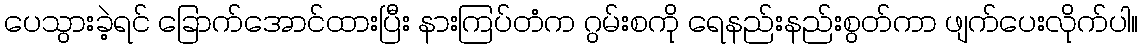
ပေသွားခဲ့ရင် ခြောက်အောင်ထားပြီး နားကြပ်တံက ဂွမ်းစကို ရေနည်းနည်းစွတ်ကာ ဖျက်ပေးလိုက်ပါ။